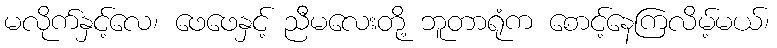
မလိုက်နှင့်လေ၊ ဖေဖေနှင့် ညီမလေးတို့ ဘူတာရုံက စောင့်နေကြလိမ့်မယ်၊